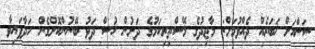
ސަންއަށް ޚަބަރެއް ދެއްވުމަށް: މާޖިދުގެ މޭސްތިރިކަމުގެ ދަށުން ހުސް ދަޅު ބޭނުންކޮށްގެން ހަދާފައިވާ